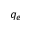
q _ { e }